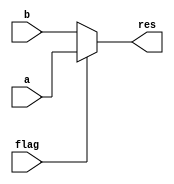
`timescale 1ns / 1ps
//////////////////////////////////////////////////////////////////////////////////
// Company: 
// Engineer: 
// 
// Design Name: 
// Module Name: mux4
// Project Name: 
// Target Devices: 
// Tool Versions: 
// Description: 
// 
// Dependencies: 
// 
// Revision:
// Revision 0.01 - File Created
// Additional Comments:
// 
//////////////////////////////////////////////////////////////////////////////////


module Mux4(a,b,flag,res);
    input [4:0]a,b;
    input flag;
    output [4:0]res;
    assign res=(flag)?a:b;
endmodule